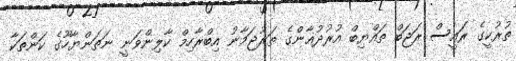
ތުރުކީގެ ރައީސް ރަޖަބް ތައްޔިބް އުރުދުޣާންގެ ތަރުޖަމާނު އިބްރާހިމް ކާލިންވަނީ ނަތަންޔާހޫގެ ކަންތަކާ